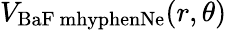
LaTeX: V_{\mathrm{BaF\ mhyphenNe}}(r,\theta)